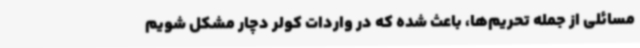
مسائلی از جمله تحریم‌ها، باعث شده که در واردات کولر دچار مشکل شویم